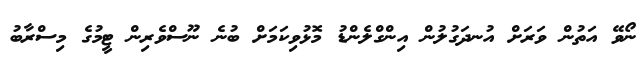
ނޯވޭ އަތުން ވަރަށް އުނދަގުލުން އިންގްލެންޑު މޮޅުވިކަމަށް ބުނެ ނޫސްވެރިން ޓީމުގެ މިސްރާބު